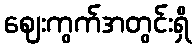
ဈေးကွက်အတွင်းရှိ